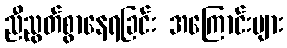
ညီညွတ်စွာနေရခြင်း အကြောင်းများ